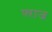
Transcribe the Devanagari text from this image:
फ्ऱाज